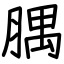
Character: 腢